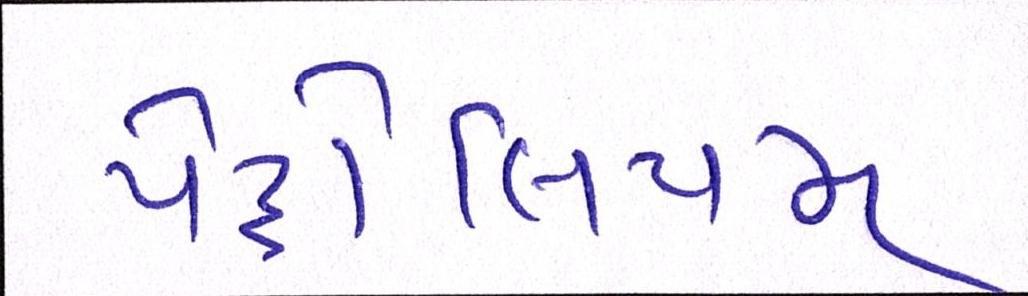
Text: પેટ્રોલિયમ